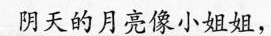
阴天的月亮像小姐姐，